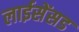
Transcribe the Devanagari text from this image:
लाईसेंसड